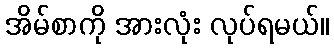
အိမ်စာကို အားလုံး လုပ်ရမယ်။